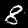
Label: 8